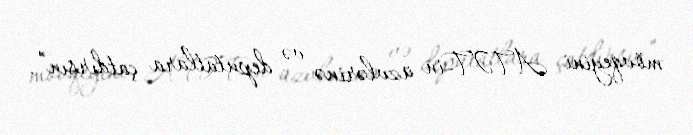
mövqeyini ATƏT-in üzvlərinə və deputatlara çatdırsın”.